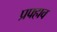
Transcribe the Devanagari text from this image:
प्रफ्हाव